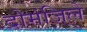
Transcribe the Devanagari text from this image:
दोमंजिले